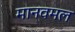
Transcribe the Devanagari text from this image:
मानवमल